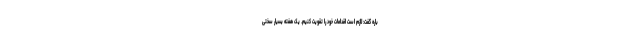
باره گفت: لازم است اقدامات خود را تقویت کنیم. یک هفته بسیار سختی